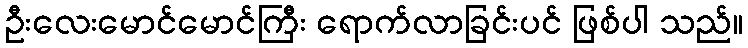
ဦးလေးမောင်မောင်ကြီး ရောက်လာခြင်းပင် ဖြစ်ပါ သည်။